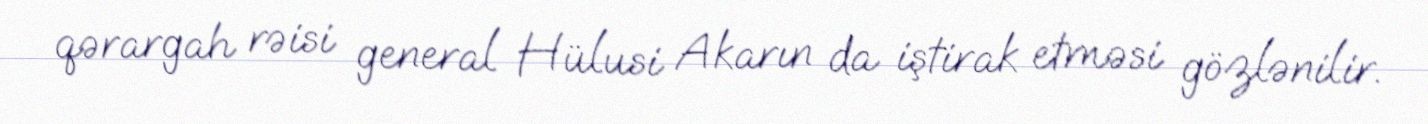
qərargah rəisi general Hülusi Akarın da iştirak etməsi gözlənilir.